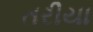
તરીયા